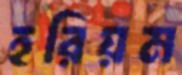
হরিয়ম